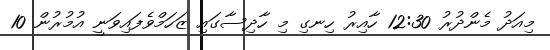
މިއަދު މެންދުރު 12:30 ހާއިރު ހިނގި މި ހާދިސާގައި ޒަހަމްވެފައިވަނީ އުމުރުން 10